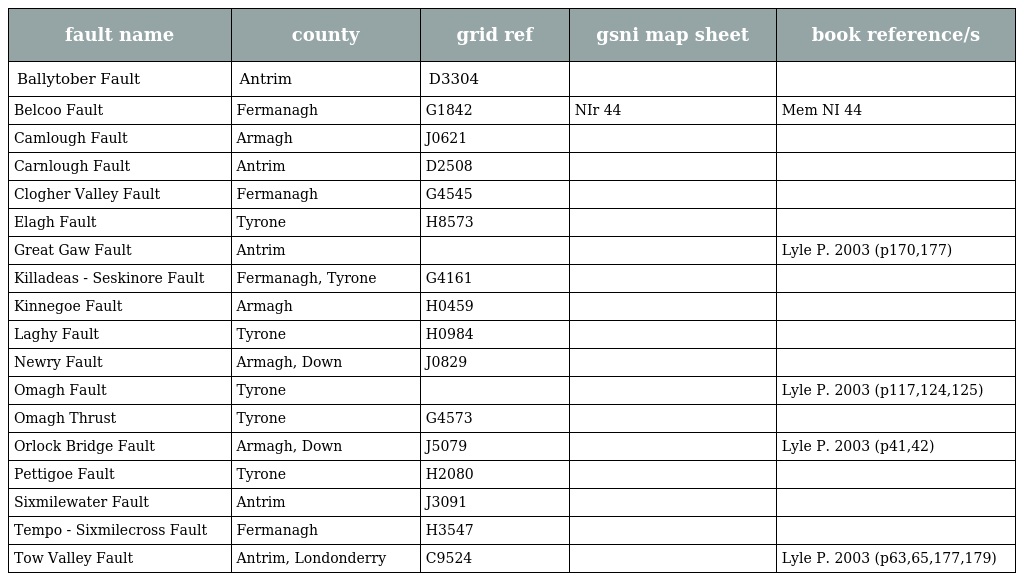
| fault name | county | grid ref | gsni map sheet | book reference/s |
 | --- | --- | --- | --- | --- |
 | Ballytober Fault | Antrim | D3304 |  |  |
 | Belcoo Fault | Fermanagh | G1842 | NIr 44 | Mem NI 44 |
 | Camlough Fault | Armagh | J0621 |  |  |
 | Carnlough Fault | Antrim | D2508 |  |  |
 | Clogher Valley Fault | Fermanagh | G4545 |  |  |
 | Elagh Fault | Tyrone | H8573 |  |  |
 | Great Gaw Fault | Antrim |  |  | Lyle P. 2003 (p170,177) |
 | Killadeas - Seskinore Fault | Fermanagh, Tyrone | G4161 |  |  |
 | Kinnegoe Fault | Armagh | H0459 |  |  |
 | Laghy Fault | Tyrone | H0984 |  |  |
 | Newry Fault | Armagh, Down | J0829 |  |  |
 | Omagh Fault | Tyrone |  |  | Lyle P. 2003 (p117,124,125) |
 | Omagh Thrust | Tyrone | G4573 |  |  |
 | Orlock Bridge Fault | Armagh, Down | J5079 |  | Lyle P. 2003 (p41,42) |
 | Pettigoe Fault | Tyrone | H2080 |  |  |
 | Sixmilewater Fault | Antrim | J3091 |  |  |
 | Tempo - Sixmilecross Fault | Fermanagh | H3547 |  |  |
 | Tow Valley Fault | Antrim, Londonderry | C9524 |  | Lyle P. 2003 (p63,65,177,179) |